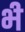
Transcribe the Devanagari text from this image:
भ्‍ी